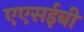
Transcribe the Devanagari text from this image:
एएसईबी